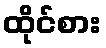
ထိုင်စား